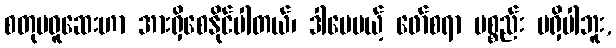
စတုမဓူဆေးဟာ အားရှိစေနိုင်ပါတယ်၊ ဒါပေမယ့် ဖော်စရာ ပစ္စည်း မရှိပါဘူး,